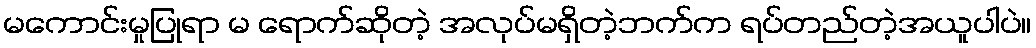
မကောင်းမှုပြုရာ မ ရောက်ဆိုတဲ့ အလုပ်မရှိတဲ့ဘက်က ရပ်တည်တဲ့အယူပါပဲ။